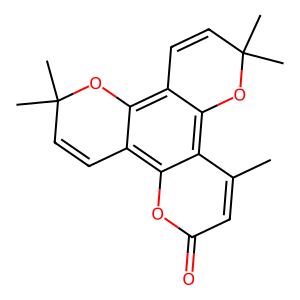
SMILES: Cc1cc(=O)oc2c3c(c4c(c12)OC(C)(C)C=C4)OC(C)(C)C=C3
Inhibits HIV replication: No